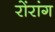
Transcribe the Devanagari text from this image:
रोंरांग